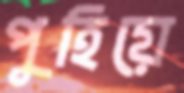
পুহিয়ে